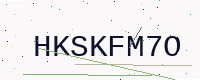
Text: HKSKFM7O